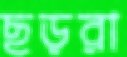
ছড়রা